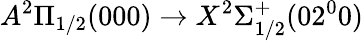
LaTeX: A^{2}\Pi_{1/2}(000)\rightarrow X^{2}\Sigma_{1/2}^{+}(02^{0}0)